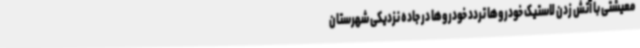
معیشتی با آتش زدن لاستیک خودروها تردد خودروها در جاده نزدیکی شهرستان